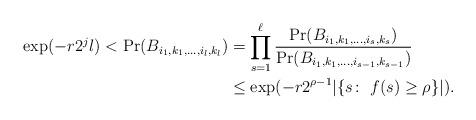
LaTeX: \begin{align*}\exp(-r2^{j}l)< \Pr(B_{i_1,k_1,\ldots,i_l,k_l}) &= \prod_{s=1}^{\ell} \frac{\Pr(B_{i_1,k_1,\ldots,i_s,k_s})}{\Pr(B_{i_1,k_1,\ldots,i_{s-1},k_{s-1}})} \\&\leq \exp(-r2^{\rho-1}|\{s\colon\ f(s)\geq \rho\}|).\end{align*}